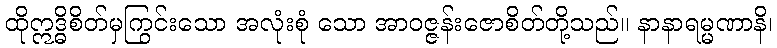
ထိုဣဒ္ဓိစိတ်မှကြွင်းသော အလုံးစုံ သော အာဝဇ္ဇန်းဇောစိတ်တို့သည်။ နာနာရမ္မဏာနိ၊